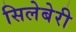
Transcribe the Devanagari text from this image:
सिलेबेरी